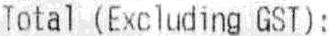
TOTAL (EXCLUDING GST):